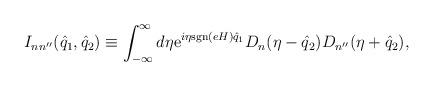
LaTeX: \begin{align*}I_{nn''}(\hat{q}_1,\hat{q}_2) \equiv \int_{-\infty}^\infty d\eta {\rm e}^{i \eta {\rm sgn}(eH) \hat{q}_1} D_n(\eta - \hat{q}_2) D_{n''}(\eta + \hat{q}_2),\end{align*}